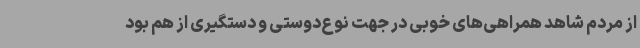
از مردم شاهد همراهی‌های خوبی در جهت نوع‌دوستی و دستگیری از هم بود